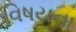
વિષયના